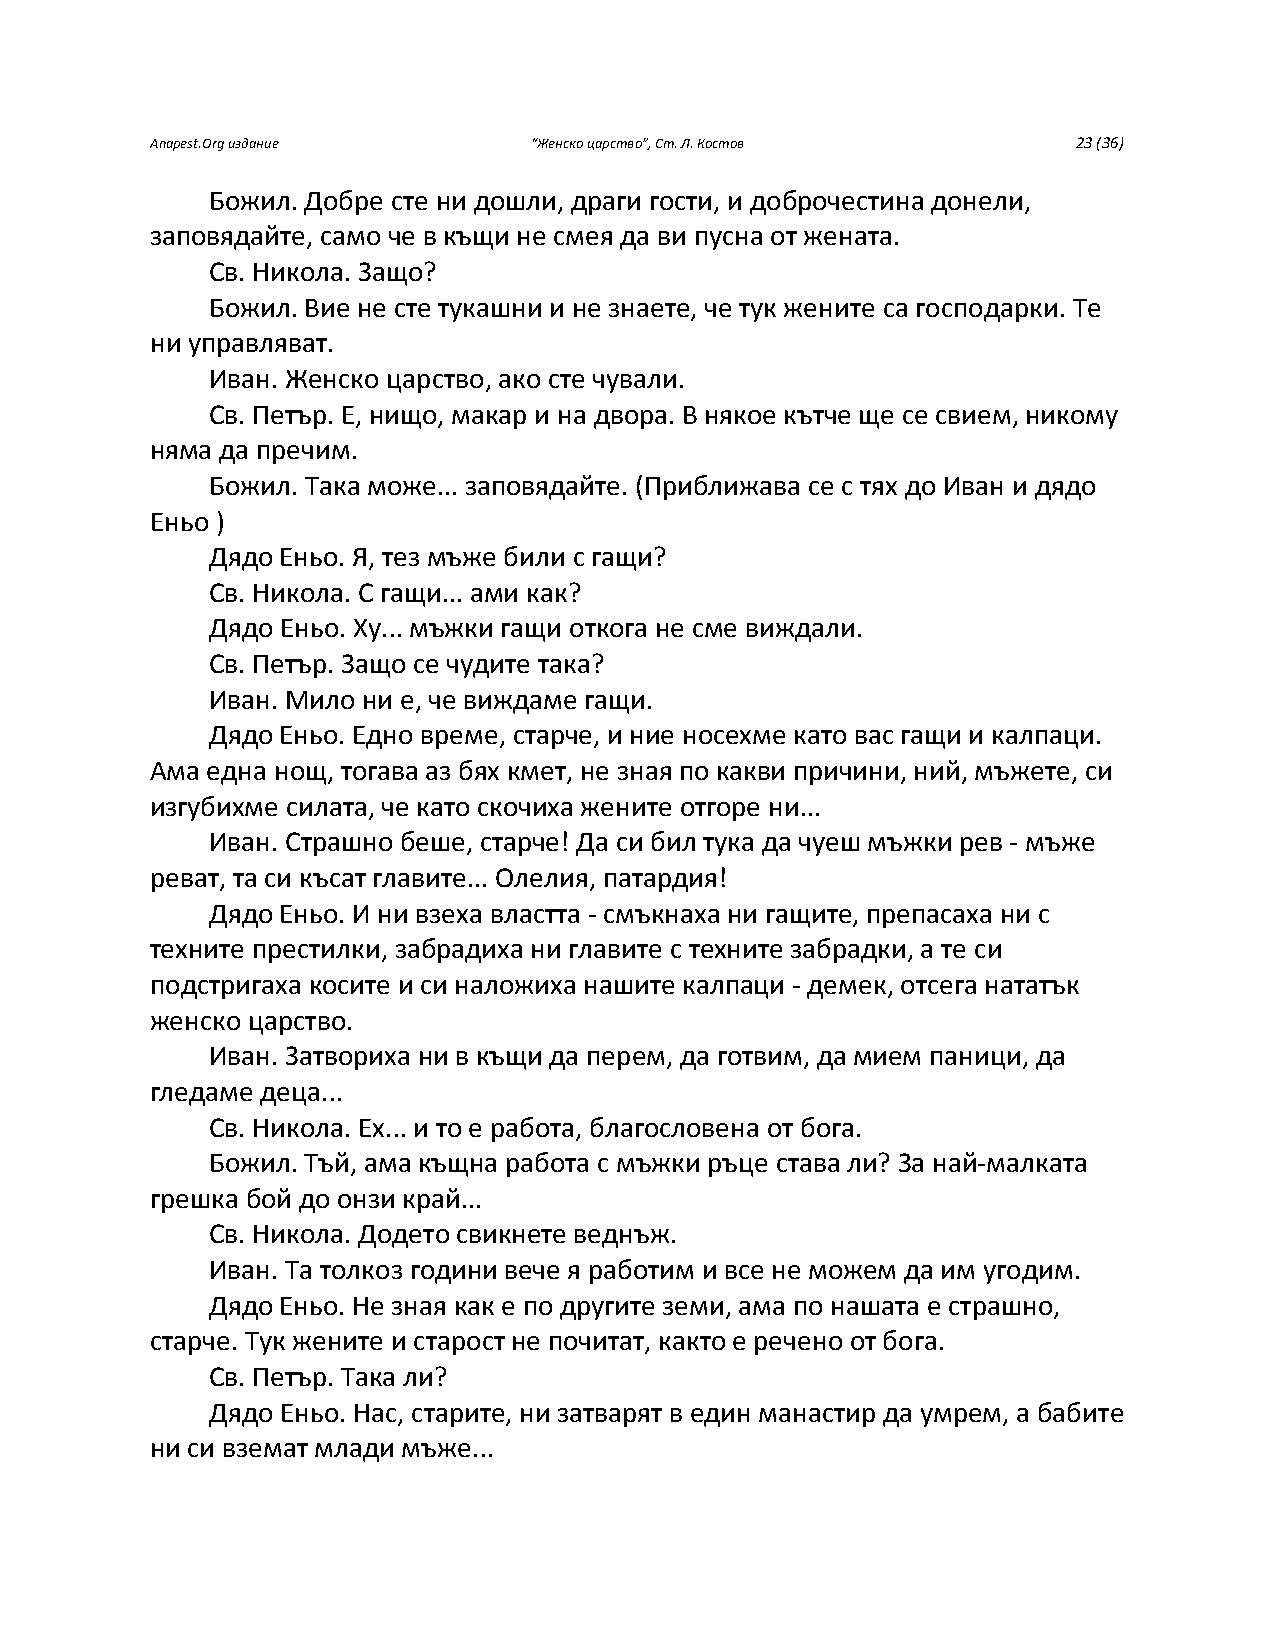
Anapest.Org издание      “Женско царство”, Ст. Л. Костов     23 (36)
 Божил. Добре сте ни дошли, драги гости, и доброчестина донели,
 заповядайте, само че в къщи не смея да ви пусна от жената.
 Св. Никола. Защо?
 Божил. Вие не сте тукашни и не знаете, че тук жените са господарки. Те
 ни управляват.
 Иван. Женско царство, ако сте чували.
 Св. Петър. Е, нищо, макар и на двора. В някое кътче ще се свием, никому
 няма да пречим.
 Божил. Така може... заповядайте. (Приближава се с тях до Иван и дядо
 Еньо )
 Дядо Еньо. Я, тез мъже били с гащи?
 Св. Никола. С гащи... ами как?
 Дядо Еньо. Ху... мъжки гащи откога не сме виждали.
 Св. Петър. Защо се чудите така?
 Иван. Мило ни е, че виждаме гащи.
 Дядо Еньо. Едно време, старче, и ние носехме като вас гащи и калпаци.
 Ама една нощ, тогава аз бях кмет, не зная по какви причини, ний, мъжете, си
 изгубихме силата, че като скочиха жените отгоре ни...
 Иван. Страшно беше, старче! Да си бил тука да чуеш мъжки рев - мъже
 реват, та си късат главите... Олелия, патардия!
 Дядо Еньо. И ни взеха властта - смъкнаха ни гащите, препасаха ни с
 техните престилки, забрадиха ни главите с техните забрадки, а те си
 подстригаха косите и си наложиха нашите калпаци - демек, отсега нататък
 женско царство.
 Иван. Затвориха ни в къщи да перем, да готвим, да мием паници, да
 гледаме деца...
 Св. Никола. Ех... и то е работа, благословена от бога.
 Божил. Тъй, ама къщна работа с мъжки ръце става ли? За най-малката
 грешка бой до онзи край...
 Св. Никола. Додето свикнете веднъж.
 Иван. Та толкоз години вече я работим и все не можем да им угодим.
 Дядо Еньо. Не зная как е по другите земи, ама по нашата е страшно,
 старче. Тук жените и старост не почитат, както е речено от бога.
 Св. Петър. Така ли?
 Дядо Еньо. Нас, старите, ни затварят в един манастир да умрем, а бабите
 ни си вземат млади мъже...